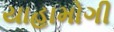
યાહામોગી